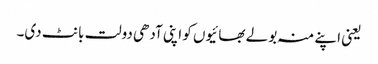
یعنی اپنے منہ بولے بھائیوں کو اپنی آدھی دولت بانٹ دی۔